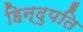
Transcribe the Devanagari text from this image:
हिन्दुपति